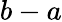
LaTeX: b-a